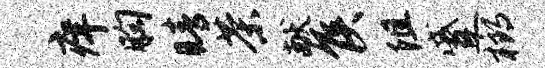
痒胸睛茶献侯阻蹙榔